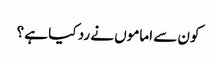
کون سے اماموں نے رد کیا ہے ؟